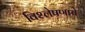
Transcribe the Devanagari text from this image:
विश्‍लेषणाचे